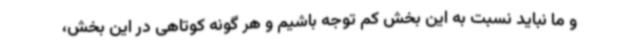
و ما نباید نسبت به این بخش کم توجه باشیم و هر گونه کوتاهی در این بخش،